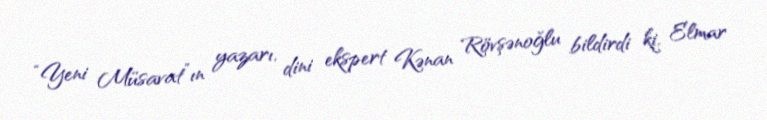
“Yeni Müsavat”ın yazarı, dini ekspert Kənan Rövşənoğlu bildirdi ki, Elmar